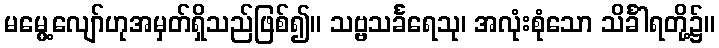
မမွေ့လျော်ဟုအမှတ်ရှိသည်ဖြစ်၍။ သဗ္ဗသင်္ခရေသု၊ အလုံးစုံသော သိင်္ခါရတို့၌။